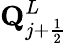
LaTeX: \mathbf{Q}_{j+\frac{1}{2}}^{L}